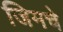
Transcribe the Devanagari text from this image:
जिमचे